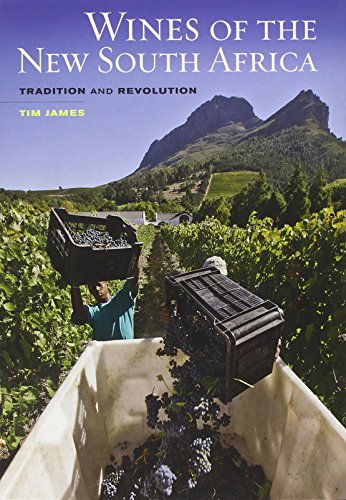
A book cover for Wines of the New South Africa: Tradition and Revolution; Tim James; Cookbooks, Food & Wine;